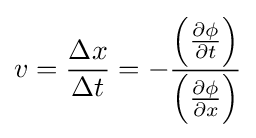
v={\frac {\Delta x}{\Delta t}}=-{\frac {\left({\frac {\partial \phi }{\partial t}}\right)}{\left({\frac {\partial \phi }{\partial x}}\right)}}